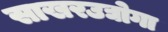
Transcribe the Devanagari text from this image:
साखरउद्योगा